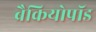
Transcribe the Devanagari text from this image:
ब्रैकियोपॉड